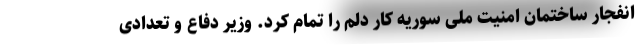
انفجار ساختمان امنیت ملی سوریه کار دلم را تمام کرد. وزیر دفاع و تعدادی